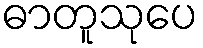
ဓာတူသုပေ